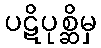
ပဋိပုစ္ဆိမှ